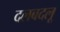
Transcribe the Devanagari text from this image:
दलबदलू